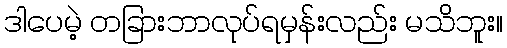
ဒါပေမဲ့ တခြားဘာလုပ်ရမှန်းလည်း မသိဘူး။